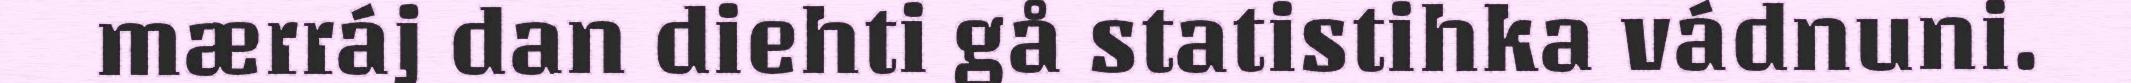
mærráj dan diehti gå statistihka vádnuni.